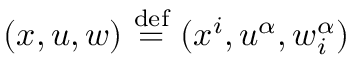
( x , u , w ) \ { \stackrel { \mathrm { d e f } } { = } } \ ( x ^ { i } , u ^ { \alpha } , w _ { i } ^ { \alpha } )